Scottish Leaving Certificate Examination, 1959
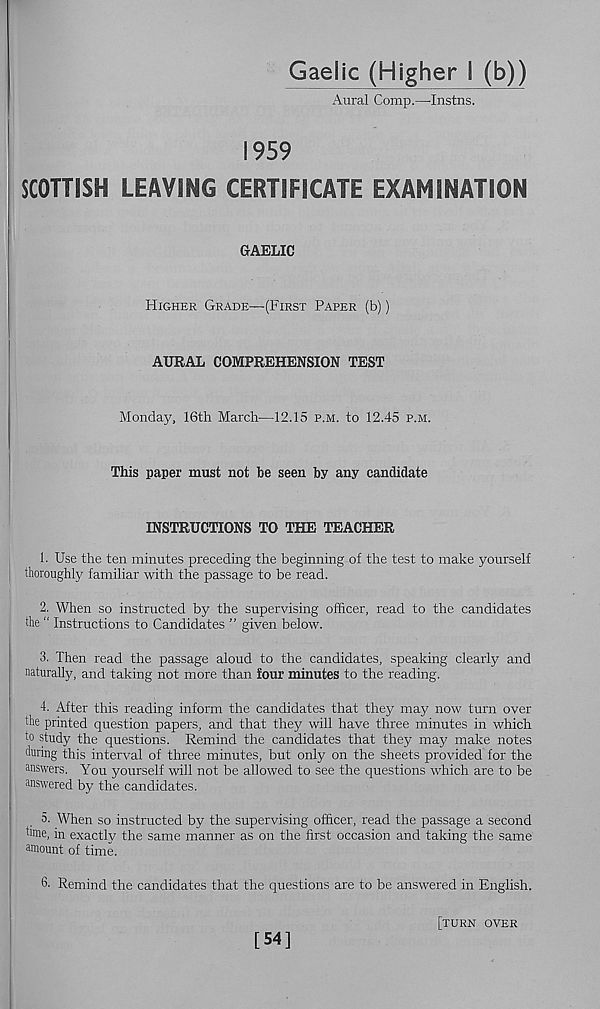
Gaelic (Higher i (b))
Aural Comp.—Instils.
1959
SCOTTISH LEAVING CERTIFICATE EXAMINATION
GAELIC
Higher Grade—(First Paper (b))
AURAL COMPREHENSION TEST
Monday, 16th March—12.15 p.m. to 12.45 p.m.
This paper must not be seen by any candidate
INSTRUCTIONS TO THE TEACHER
1. Use the ten minutes preceding the beginning of the test to make yourself
thoroughly familiar with the passage to be read.
2. When so instructed by the supervising officer, read to the candidates
the “ Instructions to Candidates ” given below.
3. Then read the passage aloud to the candidates, speaking clearly and
naturally, and taking not more than four minutes to the reading.
4. After this reading inform the candidates that they may now turn over
the printed question papers, and that they will have three minutes in which
to study the questions. Remind the candidates that they may make notes
during this interval of three minutes, but only on the sheets provided for the
answers. You yourself will not be allowed to see the questions which are to be
answered by the candidates.
5. When so instructed by the supervising officer, read the passage a second
hme, in exactly the same manner as on the first occasion and taking the same
amount of time.
6- Remind the candidates that the questions are to be answered in English.
[54]
[turn over